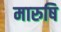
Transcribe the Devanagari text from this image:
मारुषि